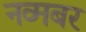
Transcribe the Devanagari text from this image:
नव्मबर